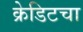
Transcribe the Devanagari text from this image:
क्रेडिटचा